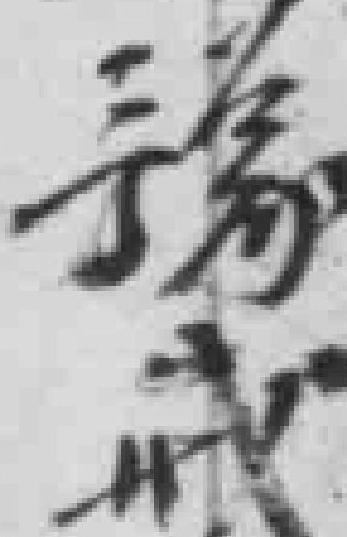
豫戒